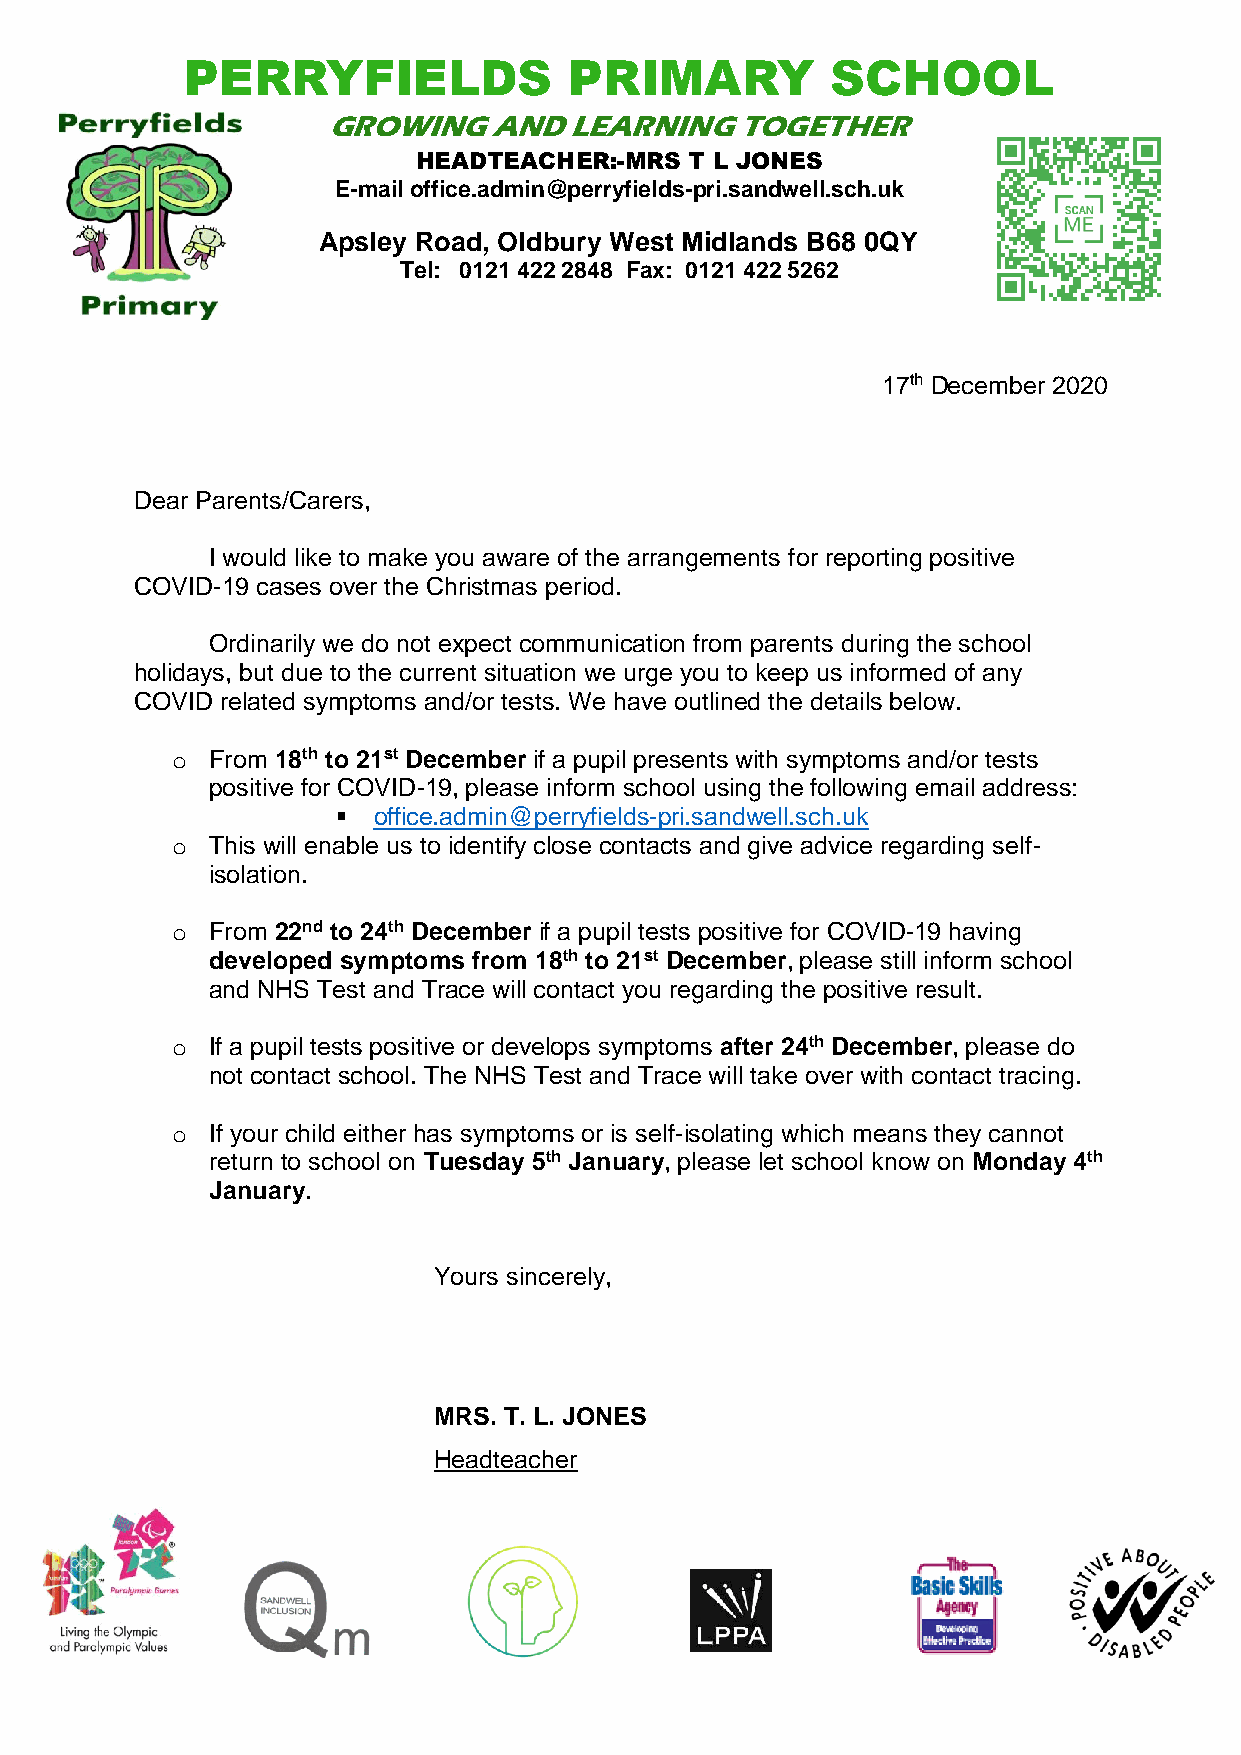
PERRYFIELDS               PRIMARY          SCHOOL
 GROWING    AND  LEARNING   TOGETHER
 HEADTEACHER:-MRS  T L JONES
 E-mail office.admin@perryfields-pri.sandwell.sch.uk
 Apsley Road, Oldbury West Midlands B68 0QY
 Tel: 0121 422 2848 Fax: 0121 422 5262
 17th December 2020
 Dear Parents/Carers,
 I would like to make you aware of the arrangements for reporting positive
 COVID-19 cases over the Christmas period.
 Ordinarily we do not expect communication from parents during the school
 holidays, but due to the current situation we urge you to keep us informed of any
 COVID related symptoms and/or tests. We have outlined the details below.
 o  From 18th to 21st December if a pupil presents with symptoms and/or tests
 positive for COVID-19, please inform school using the following email address:
   office.admin@perryfields-pri.sandwell.sch.uk
 o  This will enable us to identify close contacts and give advice regarding self-
 isolation.
 o  From 22nd to 24th December if a pupil tests positive for COVID-19 having
 developed symptoms from 18th to 21st December, please still inform school
 and NHS Test and Trace will contact you regarding the positive result.
 o  If a pupil tests positive or develops symptoms after 24th December, please do
 not contact school. The NHS Test and Trace will take over with contact tracing.
 o  If your child either has symptoms or is self-isolating which means they cannot
 return to school on Tuesday 5th January, please let school know on Monday 4th
 January.
 Yours sincerely,
 MRS. T. L. JONES
 Headteacher